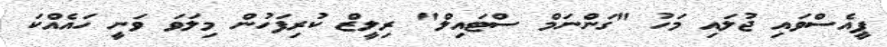
ޕީއެސްވައި ޖުލައި މަހު "ގަންނަމް ސްޓައިލް" ރިލީޒް ކުރިފަހުން މިލަވަ ވަނީ ހައެއްކަ